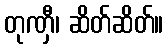
တုဏှီ၊ ဆိတ်ဆိတ်။